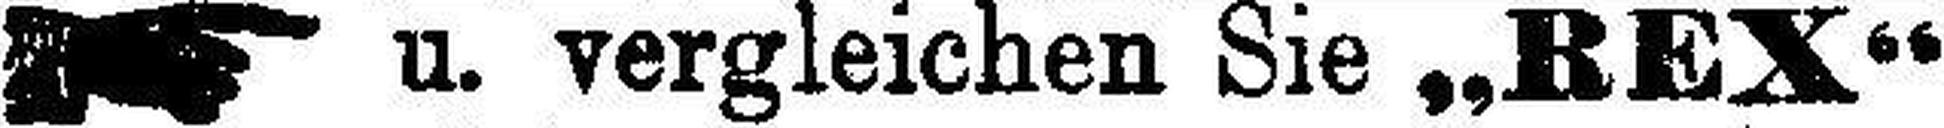
u. vergleichen Sie „REX“